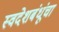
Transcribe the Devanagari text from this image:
स्वदेशबंधूंचा